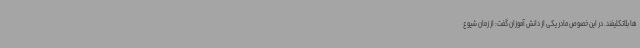
ها بلاتکلیفند. در این خصوص مادر یکی از دانش آموزان گفت: از زمان شیوع